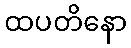
ထပတိနော